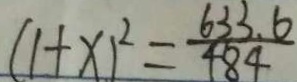
( 1 + x ) ^ { 2 } = \frac { 6 3 3 . 6 } { 4 8 4 }